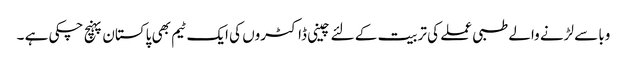
وبا سے لڑنے والے طبی عملے کی تربیت کے لئے چینی ڈاکٹروں کی ایک ٹیم بھی پاکستان پہنچ چکی ہے ۔